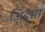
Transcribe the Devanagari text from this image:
अिहसा